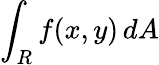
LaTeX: \int_{R}f(x,y)\, dA